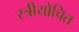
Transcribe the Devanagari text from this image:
स्त्रीयोचित